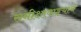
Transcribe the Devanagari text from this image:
समीक्षावाङ्मयाचे